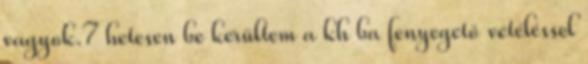
vagyok.7 hetesen be kerültem a kh ba fenyegető vetéléssel